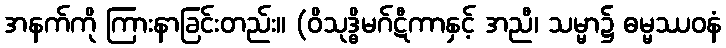
အနက်ကို ကြားနာခြင်းတည်း။ (ဝိသုဒ္ဓိမဂ်ဋီကာနှင့် အညီ၊ သမ္မာ၌ ဓမ္မဿဝနံ